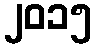
၂၀၁၅